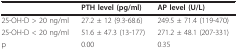
<table><thead><tr><td></td><td><b>PTH level (pg/ml)</b></td><td><b>AP level (U/L)</b></td></tr></thead><tbody><tr><td>25-OH-D &gt; 20 ng/ml</td><td>27.2 ± 12 (9.3-68.6)</td><td>249.5 ± 71.4 (119-470)</td></tr><tr><td>25-OH-D &lt; 20 ng/ml</td><td>51.6 ± 47.3 (13-177)</td><td>271.2 ± 48.1 (207-331)</td></tr><tr><td>p</td><td>0.00</td><td>0.35</td></tr></tbody></table>